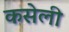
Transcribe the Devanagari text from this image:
कसेली